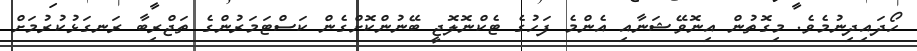
ހޯދައިދިނުމެވެ. މިގޮތުން އިނޮވޭޝަނާއި އެންމެ ފަހުގެ ޓެކްނޮލޮޖީ ބޭނުންކޮށްގެން ކަސްޓަމަރުންގެ ތަޖްރިބާ ރަނގަޅުކުރުމަށް